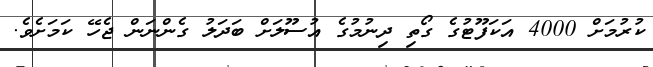
ކުރުމަށް 4000 އަކަފޫޓުގެ ގޯތި ދިނުމުގެ އުސޫލަށް ބަދަލު ގެންނަން ޖެހޭ ކަމަށެވެ.